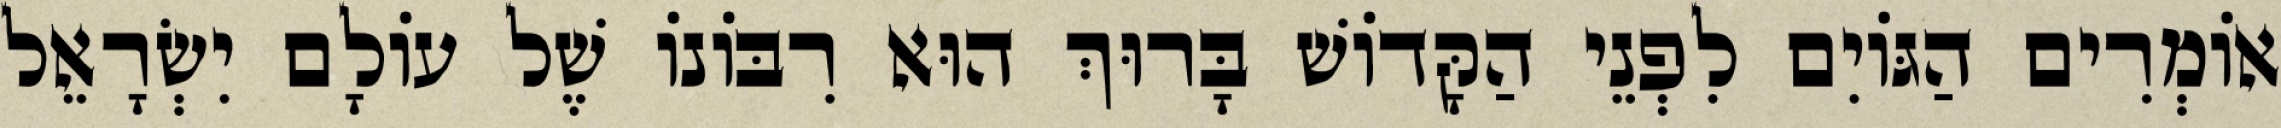
אוֹמְרִים הַגּוֹיִם לִפְנֵי הַקָּדוֹשׁ בָּרוּךְ הוּא רִבּוֹנוֹ שֶׁל עוֹלָם יִשְׂרָאֵל